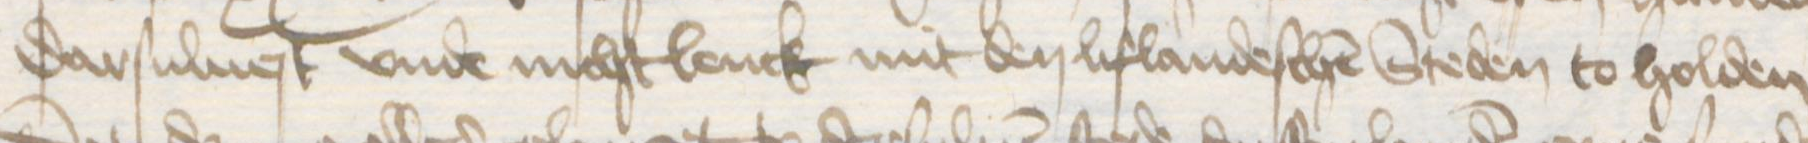
darsulnest vnde nichtlenck mit den lifandeschen Steden to holden